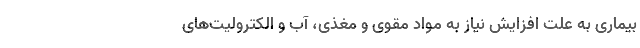
بیماری به علت افزایش نیاز به مواد مقوی و مغذی، آب و الکترولیت‌های